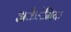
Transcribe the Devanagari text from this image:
अकैडेमिया